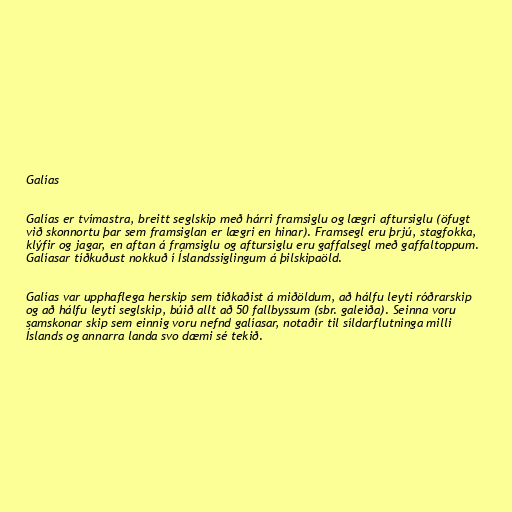
Galías

Galías er tvímastra, breitt seglskip með hárri framsiglu og lægri aftursiglu (öfugt
við skonnortu þar sem framsiglan er lægri en hinar). Framsegl eru þrjú, stagfokka,
klýfir og jagar, en aftan á framsiglu og aftursiglu eru gaffalsegl með gaffaltoppum.
Galíasar tíðkuðust nokkuð í Íslandssiglingum á þilskipaöld.

Galías var upphaflega herskip sem tíðkaðist á miðöldum, að hálfu leyti róðrarskip
og að hálfu leyti seglskip, búið allt að 50 fallbyssum (sbr. galeiða). Seinna voru
samskonar skip sem einnig voru nefnd galíasar, notaðir til síldarflutninga milli
Íslands og annarra landa svo dæmi sé tekið.